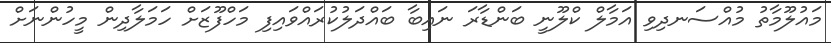
މައުލޫމާތު މުއްސަނދިވި އަމާލް ކްލޫނީ ބަންޑާރަ ނައިބާ ބައްދަލުކުރައްވައިފި މަހްފޫޒަށް ހަމަލާދިން މީހުންނަށް